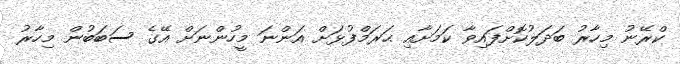
ކްރޭނު މިހާރު ބަދަލުކޮށްފައިވާ ކަމަށާއި ޙަރަމްފުޅަށް އަންނަ މީހުންނަށް އޭގެ ސަބަބުން މިހާރު